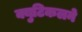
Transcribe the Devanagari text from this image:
क्युटिकलने